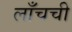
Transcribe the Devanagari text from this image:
लाँचची